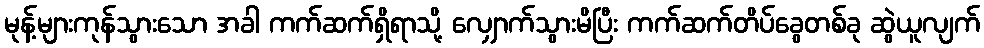
မုန့်များကုန်သွားသော အခါ ကက်ဆက်ရှိရာသို့ လျှောက်သွားမိပြီး ကက်ဆက်တိပ်ခွေတစ်ခု ဆွဲယူလျက်